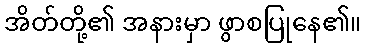
အိတ်တို့၏ အနားမှာ ဖွာစပြုနေ၏။